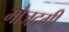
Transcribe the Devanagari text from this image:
मौजदगी